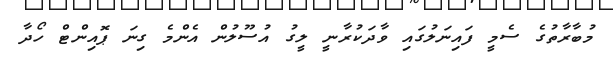
މުބާރާތުގެ ސެމީ ފައިނަލުގައި ވާދަކުރާނީ ލީގު އުސޫލުން އެންމެ ގިނަ ޕޮއިންޓް ހޯދާ